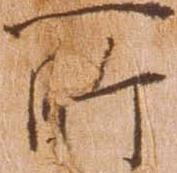
所